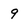
Character: 9